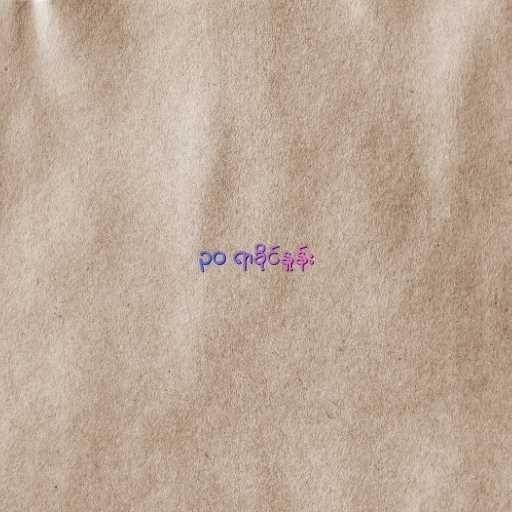
၃၀ ရာခိုင်နှုန်း